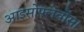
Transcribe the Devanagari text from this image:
आइसोफ्लेवोंस।